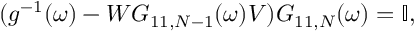
\begin{array} { r } { ( g ^ { - 1 } ( \omega ) - W G _ { 1 1 , N - 1 } ( \omega ) V ) G _ { 1 1 , N } ( \omega ) = \mathbb { I } , } \end{array}